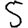
Digit: 5